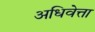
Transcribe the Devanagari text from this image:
अधिवेत्ता